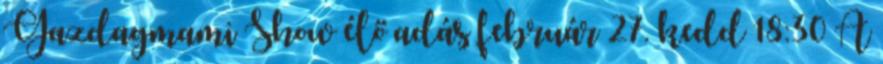
Gazdagmami Show élő adás február 27. kedd 18:30 A